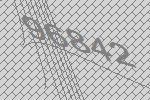
96842